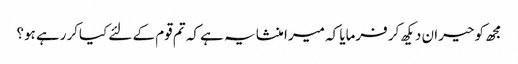
مجھ کو حیران دیکھ کر فرمایا کہ میرا منشا یہ ہے کہ تم قوم کے لئے کیاکررہے ہو؟